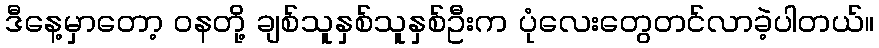
ဒီနေ့မှာတော့ ဝနတို့ ချစ်သူနှစ်သူနှစ်ဦးက ပုံလေးတွေတင်လာခဲ့ပါတယ်။